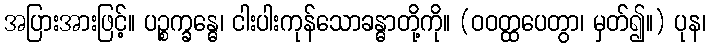
အပြားအားဖြင့်။ ပဉ္စက္ခန္ဓေ၊ ငါးပါးကုန်သောခန္ဓာတို့ကို။ (ဝဝတ္ထပေတွာ၊ မှတ်၍။) ပုန၊